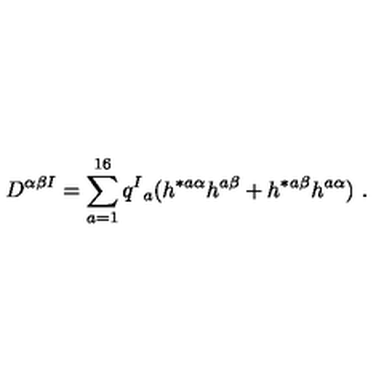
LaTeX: D ^ { \alpha \beta I } = \sum _ { a = 1 } ^ { 1 6 } q ^ { I } { } _ { a } ( h ^ { * a \alpha } h ^ { a \beta } + h ^ { * a \beta } h ^ { a \alpha } ) \ .